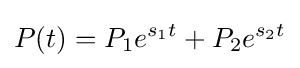
P(t)=P_{1}e^{s_{1}t}+P_{2}e^{s_{2}t}